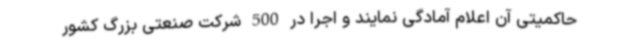
حاکمیتی آن اعلام آمادگی نمایند و اجرا در 500 شرکت صنعتی بزرگ کشور